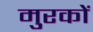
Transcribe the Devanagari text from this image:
मुरकों